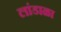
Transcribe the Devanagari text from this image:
लांडाळा